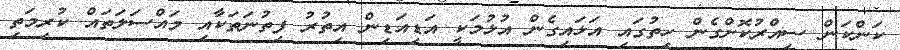
ކަންކަން ސިއްރުކޮށްގެން ހިތުގައި އަޅައިގެން އުޅުމަކީ އަޑިއަޑިން އިތުރު ފިތުނަތަކާއި މައްސަލަތައް ކުރިމަތި